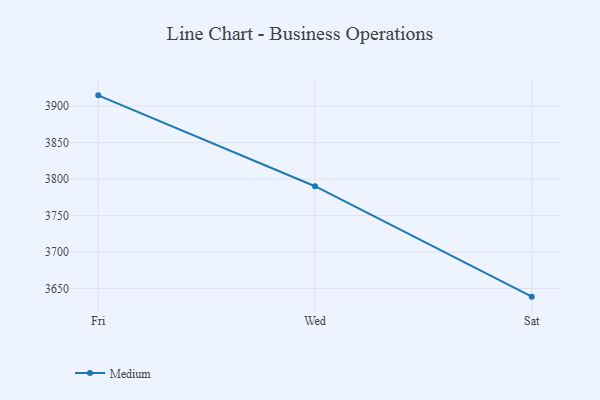
{"axis": {"x": "Day", "y": "Production Output"}, "legend": ["Medium"], "data": [{"x": "Fri", "y": 3914.8, "type": "Medium"}, {"x": "Wed", "y": 3790.2, "type": "Medium"}, {"x": "Sat", "y": 3638.8, "type": "Medium"}]}